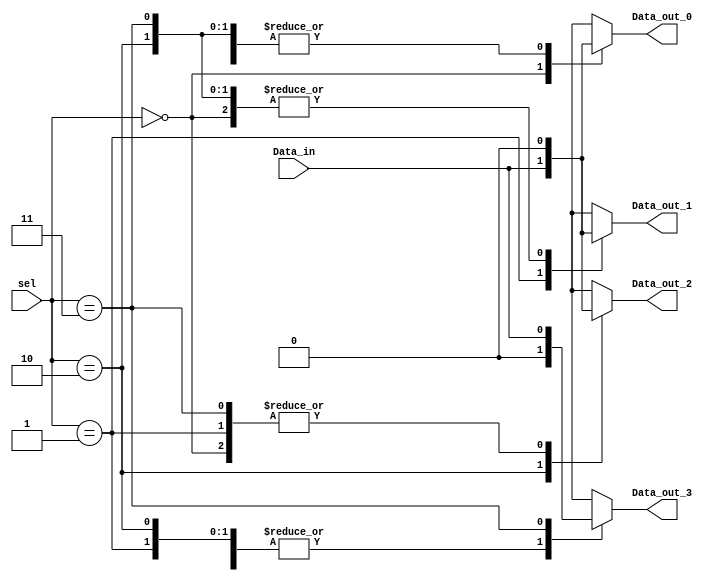
module demux1to4(
     Data_in,
     sel,
    Data_out_0,
    Data_out_1,
    Data_out_2,
    Data_out_3
    );

    input Data_in;
    input [1:0] sel;

    output Data_out_0;
     output Data_out_1;
    output Data_out_2;
    output Data_out_3;

    reg Data_out_0;
     reg Data_out_1;
    reg Data_out_2;
    reg Data_out_3;

    always @(Data_in or sel)
    begin
        case (sel)
            2'b00 : begin
                        Data_out_0 = Data_in;
                        Data_out_1 = 0;
                        Data_out_2 = 0;
                        Data_out_3 = 0;
                      end
            2'b01 : begin
                        Data_out_0 = 0;
                        Data_out_1 = Data_in;
                        Data_out_2 = 0;
                        Data_out_3 = 0;
                      end
            2'b10 : begin
                        Data_out_0 = 0;
                        Data_out_1 = 0;
                        Data_out_2 = Data_in;
                        Data_out_3 = 0;
                      end
            2'b11 : begin
                        Data_out_0 = 0;
                        Data_out_1 = 0;
                        Data_out_2 = 0;
                        Data_out_3 = Data_in;
                      end
        endcase
    end

endmodule





//..................................................................
module mem_small(
    clk,
    rst,
    read_rq,
    write_rq,
    rw_address,
    write_data,
    read_data,
    en
);
input		en;
input           clk;
input           rst;
input           read_rq;
input           write_rq;
input[9:0]      rw_address;
input      write_data;
output     read_data;

reg     read_data;
integer out, i;
reg [1023:0] memory_ram_d;
reg [1023:0] memory_ram_q;

always @(posedge clk or
    negedge rst)
begin
    if (!rst)
    begin
        for (i=0;i<1024; i=i+1)
            memory_ram_q[i] <= 0;
    end
    // else
    // begin
    //     for (i=0;i<1024; i=i+1)
    //          memory_ram_q[i] <= memory_ram_d[i];
    // end
end


// always @(*)
// begin
//     for (i=0;i<1024; i=i+1)
//         memory_ram_d[i] = memory_ram_q[i];
//     if (write_rq && !read_rq && en)
//         memory_ram_d[rw_address] = write_data;
//     if (!write_rq && read_rq && en)
//         read_data = memory_ram_q[rw_address];
//     else 
//         read_data = 1'bz;
// end

endmodule

//...................................................
module mem_large(
    clk,
    rst,
    read_rq,
    write_rq,
    rw_address,
    write_data,
    read_data,
    en
);
input 		en;
input           clk;
input           rst;
input           read_rq;
input           write_rq;
input[19:0]     rw_address;
input	        write_data;
output	        read_data;

reg             read_data;

integer out, i;
reg [1048575:0] memory_ram_d;
reg [1048575:0] memory_ram_q;

always @(posedge clk or
    negedge rst)
begin
    if (!rst)
    begin
        for (i=0;i<1048576; i=i+1)
            memory_ram_q[i] <= 0;
    end
    // else
    // begin
    //     for (i=0;i<1048576; i=i+1)
    //          memory_ram_q[i] <= memory_ram_d[i];
    // end
end


// always @(*)
// begin
//     for (i=0;i<1048576; i=i+1)
//         memory_ram_d[i] = memory_ram_q[i];
//     if  (write_rq && !read_rq && en)
//         memory_ram_d[rw_address] = write_data;
//     if  (!write_rq && read_rq && en)
//         read_data = memory_ram_q[rw_address];
//     else
//         read_data = 1'bz;

// end

endmodule

//...................................................
//...................................................
//...................................................
module mem_sys(
    clk,
    rst,
    read_rq_x,
    read_rq_w,
    write_rq_x,
    write_rq_w,
    rw_address_x,
    rw_address,
    write_data,
    read_data_x,
    read_data_w,
    sel_x,
    sel_w,
    vdd
);

input		vdd;
input[1:0]	sel_x;
input[1:0]      sel_w;
input           clk;
input           rst;
input           read_rq_x;
input           read_rq_w;
input           write_rq_x;
input           write_rq_w;
input[9:0]       rw_address_x;
input[19:0]      rw_address;
input	         write_data;
output     read_data_x;
output     read_data_w;

wire	sel_x_0;
wire    sel_x_1;
wire    sel_x_2;
wire    sel_x_3;

wire    sel_w_0;
wire    sel_w_1;
wire    sel_w_2;
wire    sel_w_3;


demux1to4 sel_for_x(
    .Data_in(vdd),
    .sel(sel_x),
    .Data_out_0(sel_x_0),
    .Data_out_1(sel_x_1),
    .Data_out_2(sel_x_2),
    .Data_out_3(sel_x_3)
);

demux1to4 sel_for_w(
    .Data_in(vdd),
    .sel(sel_w),
    .Data_out_0(sel_w_0),
    .Data_out_1(sel_w_1),
    .Data_out_2(sel_w_2),
    .Data_out_3(sel_w_3)
);


mem_small mem_for_x1(
    .clk(clk),
    .rst(rst),
    .rw_address(rw_address_x),
    .write_data(write_data),
    .read_rq(read_rq_x),
    .write_rq(write_rq_x),
    .read_data(read_data_x),
    .en(sel_x_0)  //...........enable

);

mem_small mem_for_x2(
    .clk(clk),
    .rst(rst),
    .rw_address(rw_address_x),
    .write_data(write_data),
    .read_rq(read_rq_x),
    .write_rq(write_rq_x),
    .read_data(read_data_x),
    .en(sel_x_1)  //...........enable

);
mem_small mem_for_x3(
    .clk(clk),
    .rst(rst),
    .rw_address(rw_address_x),
    .write_data(write_data),
    .read_rq(read_rq_x),
    .write_rq(write_rq_x),
    .read_data(read_data_x),
    .en(sel_x_2)  //...........enable

);
mem_small mem_for_x4(
    .clk(clk),
    .rst(rst),
    .rw_address(rw_address_x),
    .write_data(write_data),
    .read_rq(read_rq_x),
    .write_rq(write_rq_x),
    .read_data(read_data_x),
    .en(sel_x_3)  //...........enable

);







mem_large mem_for_w1(
    .clk(clk),
    .rst(rst),
    .rw_address(rw_address),
    .write_data(write_data),
    .read_rq(read_rq_w),
    .write_rq(write_rq_w),
    .read_data(read_data_w),
    .en(sel_w_0)  //...........enable
);

mem_large mem_for_w2(
    .clk(clk),
    .rst(rst),
    .rw_address(rw_address),
    .write_data(write_data),
    .read_rq(read_rq_w),
    .write_rq(write_rq_w),
    .read_data(read_data_w),
    .en(sel_w_1)  //...........enable

);

mem_large mem_for_w3(
    .clk(clk),
    .rst(rst),
    .rw_address(rw_address),
    .write_data(write_data),
    .read_rq(read_rq_w),
    .write_rq(write_rq_w),
    .read_data(read_data_w),
    .en(sel_w_2)  //...........enable

);

mem_large mem_for_w4(
    .clk(clk),
    .rst(rst),
    .rw_address(rw_address),
    .write_data(write_data),
    .read_rq(read_rq_w),
    .write_rq(write_rq_w),
    .read_data(read_data_w),
    .en(sel_w_3)  //...........enable

);

endmodule